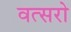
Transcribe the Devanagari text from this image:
वत्सरो